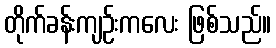
တိုက်ခန်းကျဉ်းကလေး ဖြစ်သည်။